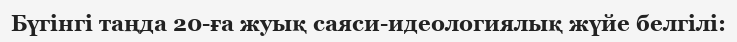
Бүгінгі таңда 20-ға жуық саяси-идеологиялық жүйе белгілі: